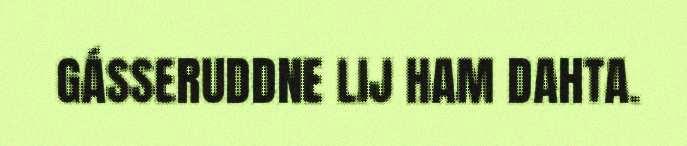
GÁSSERUDDNE LIJ HAM DAHTA.